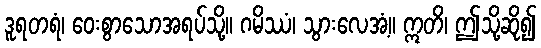
ဒူရတရံ၊ ဝေးစွာသောအရပ်သို့။ ဂမိဿံ၊ သွားလေအံ့။ ဣတိ၊ ဤသို့ဆို၍